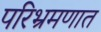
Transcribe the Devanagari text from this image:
परिभ्रमणात